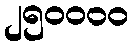
၂၅၀၀၀၀